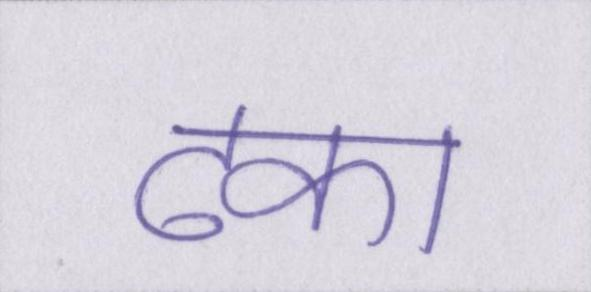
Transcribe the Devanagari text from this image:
ढका